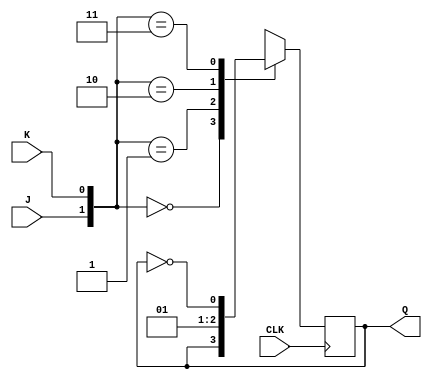
`timescale 1ns / 1ps
//////////////////////////////////////////////////////////////////////////////////
// Company: 
// Engineer: 
// 
// Design Name: 
// Module Name: JK_as_SR_T_D
// Project Name: 
// Target Devices: 
// Tool Versions: 
// Description: 
// 
// Dependencies: 
// 
// Revision:
// Revision 0.01 - File Created
// Additional Comments:
// 
//////////////////////////////////////////////////////////////////////////////////
module JK(Q,J,K,CLK);
input J,K,CLK;
output reg Q;
initial Q =1'b0;
always @ (posedge CLK)
case({J,K})
2'b00: Q=Q;
2'b01: Q=0;
2'b10: Q=1;
2'b11: Q=~Q;
endcase
endmodule

module JK_as_SR_T_D(QT,QSR,QD,T,S,R,D,CLK);
input T,S,R,D,CLK;
output QT,QSR,QD;
JK tff (.Q(QT),.J(T),.K(T),.CLK(CLK));  //T flip flop
JK srff (.Q(QSR),.J(S),.K(R),.CLK(CLK));    // SR flip flop
JK dff (.Q(QD),.J(D),.K(~D),.CLK(CLK));     //  D flip flop
endmodule